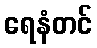
ရေနံတင်